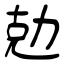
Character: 勊